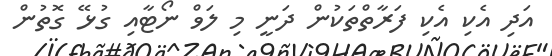
އަދި އެކި އެކި ފަރާތްތަކުން ދަނީ މި ލަވް ނޯޓާއި ގުޅޭ ގޮތުން